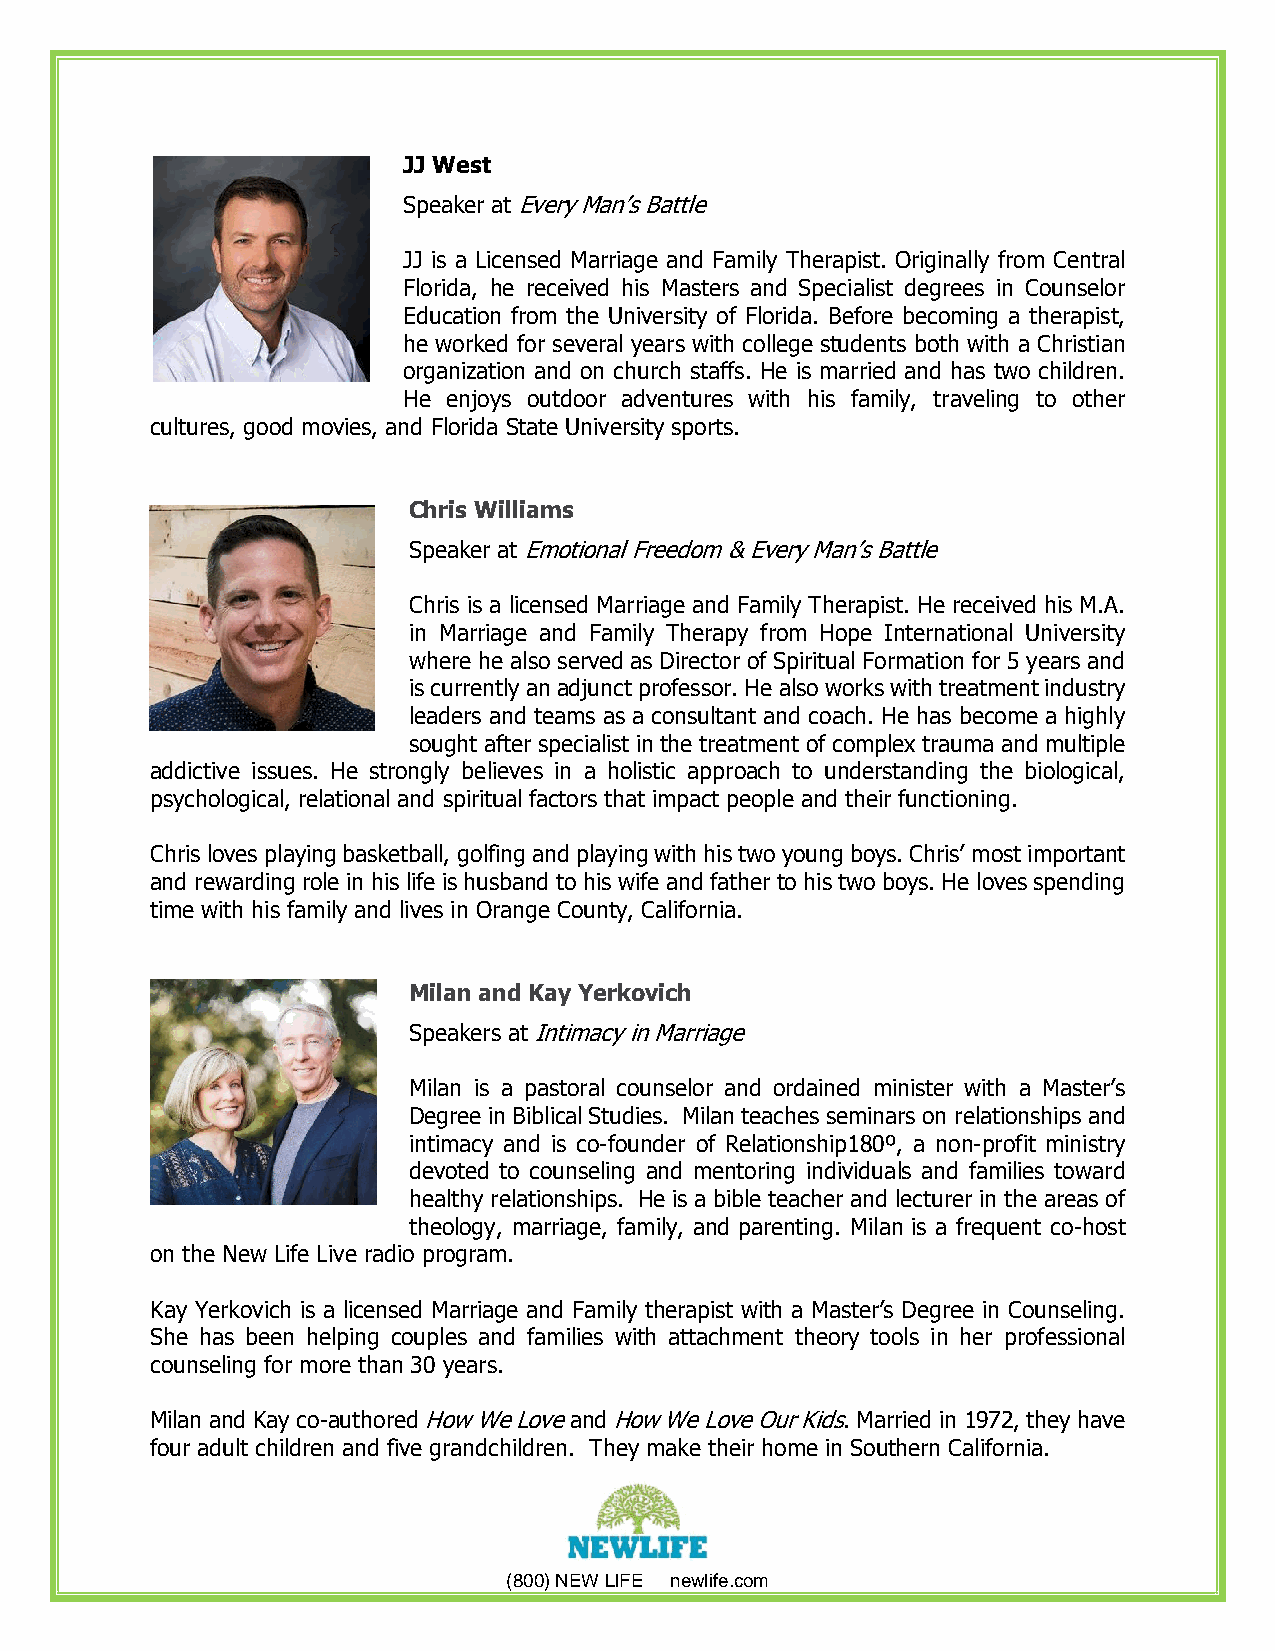
JJ West
 Speaker at Every Man’s Battle
 JJ is a Licensed Marriage and Family Therapist. Originally from Central
 Florida, he received his Masters and Specialist degrees in Counselor
 Education from the University of Florida. Before becoming a therapist,
 he worked for several years with college students both with a Christian
 organization and on church staffs. He is married and has two children.
 He enjoys outdoor adventures with his family, traveling to other
 cultures, good movies, and Florida State University sports.
 Chris Williams
 Speaker at Emotional Freedom & Every Man’s Battle
 Chris is a licensed Marriage and Family Therapist. He received his M.A.
 in Marriage and Family Therapy from Hope International University
 where he also served as Director of Spiritual Formation for 5 years and
 is currently an adjunct professor. He also works with treatment industry
 leaders and teams as a consultant and coach. He has become a highly
 sought after specialist in the treatment of complex trauma and multiple
 addictive issues. He strongly believes in a holistic approach to understanding the biological,
 psychological, relational and spiritual factors that impact people and their functioning.
 Chris loves playing basketball, golfing and playing with his two young boys. Chris’ most important
 and rewarding role in his life is husband to his wife and father to his two boys. He loves spending
 time with his family and lives in Orange County, California.
 Milan and Kay Yerkovich
 Speakers at Intimacy in Marriage
 Milan is a pastoral counselor and ordained minister with a Master’s
 Degree in Biblical Studies. Milan teaches seminars on relationships and
 intimacy and is co-founder of Relationship180º, a non-profit ministry
 devoted to counseling and mentoring individuals and families toward
 healthy relationships. He is a bible teacher and lecturer in the areas of
 theology, marriage, family, and parenting. Milan is a frequent co-host
 on the New Life Live radio program.
 Kay Yerkovich is a licensed Marriage and Family therapist with a Master’s Degree in Counseling.
 She has been helping couples and families with attachment theory tools in her professional
 counseling for more than 30 years.
 Milan and Kay co-authored How We Love and How We Love Our Kids. Married in 1972, they have
 four adult children and five grandchildren. They make their home in Southern California.
 (800) NEW LIFE newlife.com